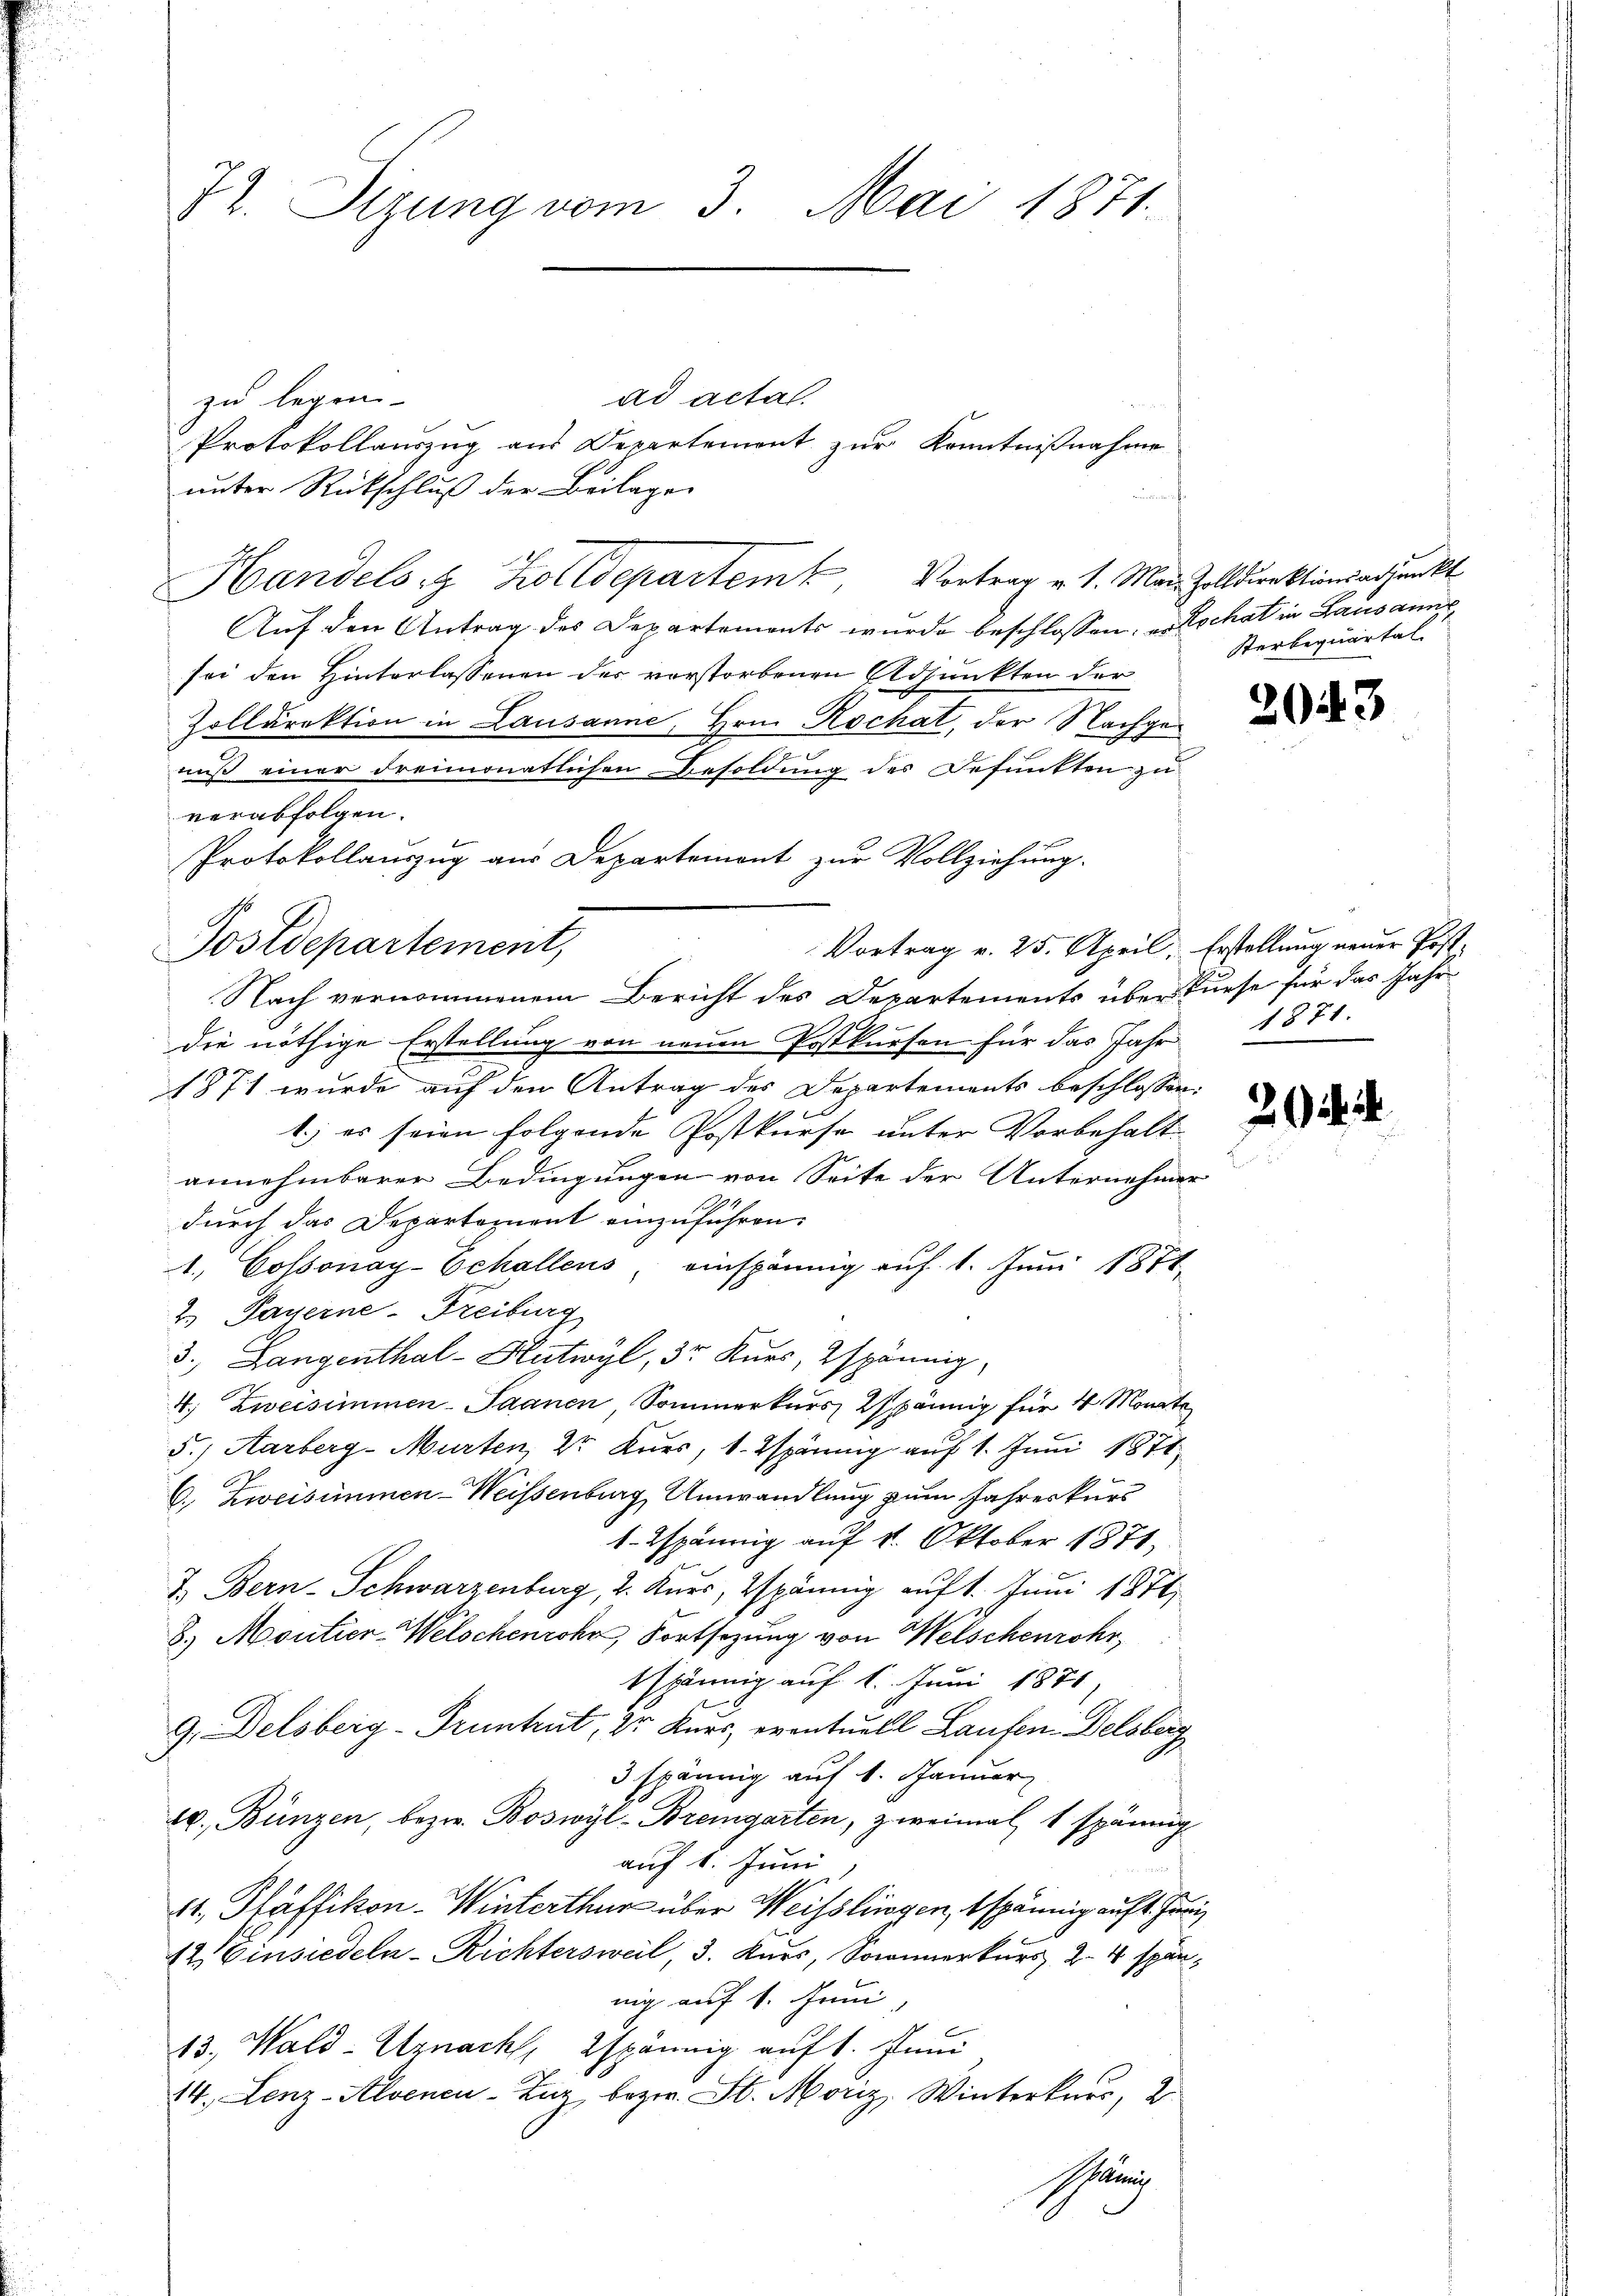
ad actal.
zu legen.
Protokollauszug aus Departement zur Kenntnißnahme
unter Rückschluß der Beilagen
Auf den Antrag des Departemonts wurde beschlossen, u. Kochat in Lausanne
sei den Hinterlassenen der verstorbenen Adjunkten der
Zolldirektion in Lausanne, Hrn. Kochat, der Nachgeniß einer dreimonatlichen Besoldung des Befunkten zu
verabfolgen.
Vortrag v. 25. April, Erstellung neuer Post¬
Nach vernommenem Bericht des Departements über Kuese für das Jahr
2180
die nöthige Erstellung von neuen Postkursen für das Jahr 1871.
1871 wurde auf den Antrag des Departements beschlossen
1.) es seien folgende Postkurse unter Vorbehalt
annehmbarer Bedingungen von Seite der Unternehmer
19
durch das Departement einzuführen.
1. Cossonay-Echallens einspännig auf 1. Juni 1874.
2. Payerne-Freiburg
3. Langenthal - Hutwyl, 3r Kurs, Espännig,
4. Zweisimmen- Saanen, Sommerkurs 27 pännig für 4 Monate
5.) Aarberg-Murten, 2r Kurs, 1. Bspännig auf 1. Juni 1871
C. Zweisimmen-Weissenburg, Umwandlung zum Jahreskurs
1.Espännig auf 4. Oktober 1871,
f
e
J. Bern-Schwarzenburg, 2. Kurs, Espännig auf 1. Juni 1871
8.) Moutier Welschenrohr, Fortsetzung von Welschenrohr,
bspännig auf 1. Juni 1876
9. Delsberg-Pruntrut, Dr Kurs, eventuell Laufen Delsberg
3 spännig auf 1. Januar
t. Bünzen, bezw. Boswyl-Bremgarten, zweimal 1 spännig
auf 1. Juni
41, Pfäffikon - Winterthur über Weisslingen, bspännig auft. Han¬
12. Einsiedeln - Richtersweil, 3. Kurs, Sonmerkurs 24 spän
nig auf 1. Juni
13., Wald-Uznach, Espännig auf 1. Juni
14. Lenz-Alvenen Zuz, bezw. St. Moriz, Winterkaus, 2
Ihnung

Pr. Sizung vom 3. Mai 1871.

Protokollauszug aus Departemont zur Vollziehung.
Postdepartement,

Handels Kolldepartem Vortrag v. 1. Mai, Zolldirektionsadjunkt

Sterbequartal

2043

2.